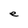
Character: e